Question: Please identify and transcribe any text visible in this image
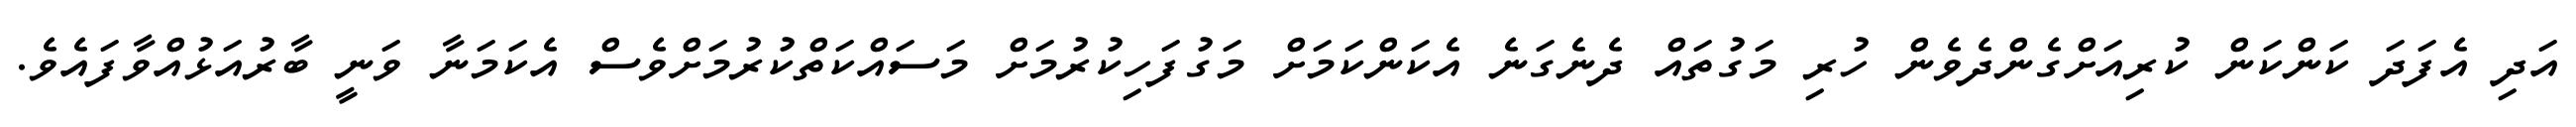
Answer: އަދި އެފަދަ ކަންކަން ކުރިއަށްގެންދެވެން ހުރި މަގުތައް ދެނެގަނެ އެކަންކަމަށް މަގުފަހިކުރުމަށް މަސައްކަތްކުރުމަށްވެސް އެކަމަނާ ވަނީ ބާރުއަޅުއްވާފައެވެ.